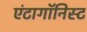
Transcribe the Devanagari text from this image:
एंटागॉनिस्ट